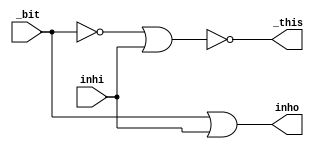
module j_tben
(
	output _this,
	output inho,
	input _bit,
	input inhi
);
wire bit_n;

// DSP_A-5Q.NET (592) - inho : or2
assign inho = _bit | inhi;

// DSP_A-5Q.NET (593) - bit\ : iv
assign bit_n = ~_bit;

// DSP_A-5Q.NET (594) - this : nr2
assign _this = ~(bit_n | inhi);
endmodule